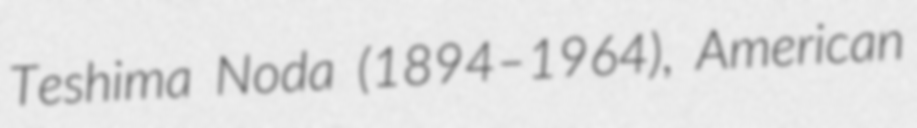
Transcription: Teshima Noda (1894–1964), American